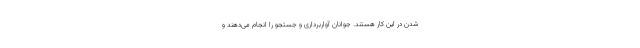
شدن در این کار هستند. جوانان آواربرداری و جستجو را انجام می‌دهند و